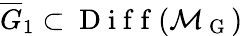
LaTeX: \overline{{G}}_{1}\subset\mathrm{~D~i~f~f~}(\mathcal{M}_{\mathrm{~G~}})